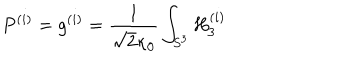
P ^ { ( i ) } = g ^ { ( i ) } = \frac { 1 } { \sqrt { 2 } \kappa _ { 0 } } \int _ { S ^ { 3 } } H _ { 3 } ^ { ( i ) }